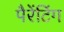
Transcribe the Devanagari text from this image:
पैरेंटिंग